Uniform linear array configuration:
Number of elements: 24
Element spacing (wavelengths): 0.5
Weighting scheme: kaiser
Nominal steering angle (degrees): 30
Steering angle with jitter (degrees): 30.563
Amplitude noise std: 0.05
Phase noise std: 0.05

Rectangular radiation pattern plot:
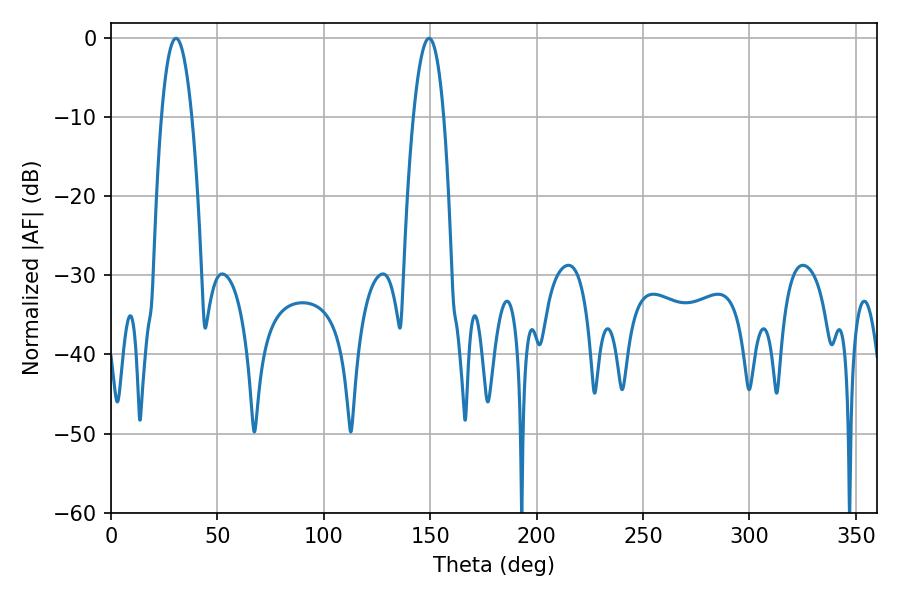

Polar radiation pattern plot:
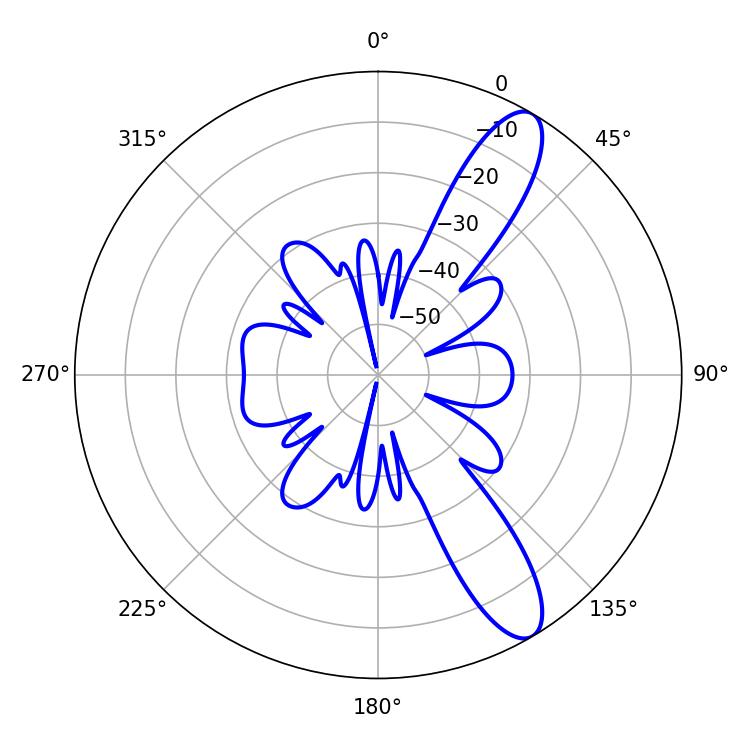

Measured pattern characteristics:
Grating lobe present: FALSE
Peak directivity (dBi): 11.232
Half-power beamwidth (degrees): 7.92
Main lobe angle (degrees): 30.6